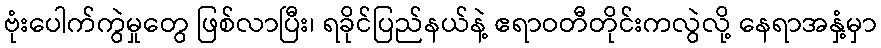
ဗုံးပေါက်ကွဲမှုတွေ ဖြစ်လာပြီး၊ ရခိုင်ပြည်နယ်နဲ့ ဧရာဝတီတိုင်းကလွဲလို့ နေရာအနှံ့မှာ